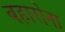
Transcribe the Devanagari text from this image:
बहारोना